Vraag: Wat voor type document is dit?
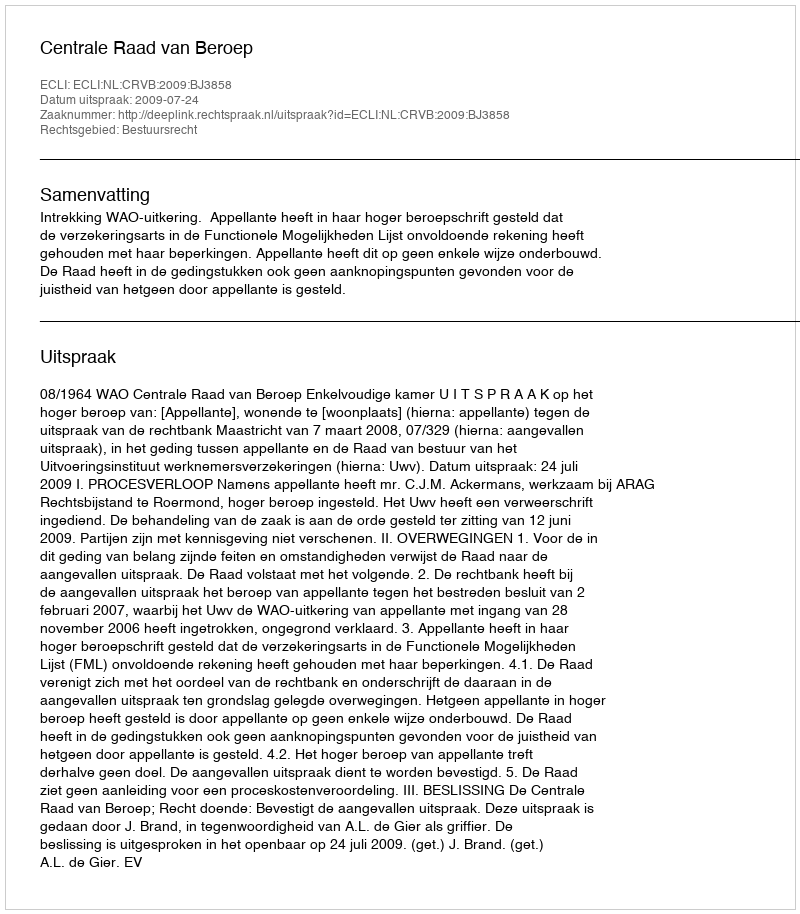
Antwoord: Uitspraak